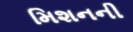
મિશનની